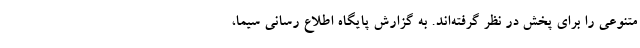
متنوعی را برای پخش در نظر گرفته‌اند. به گزارش پایگاه اطلاع رسانی سیما،